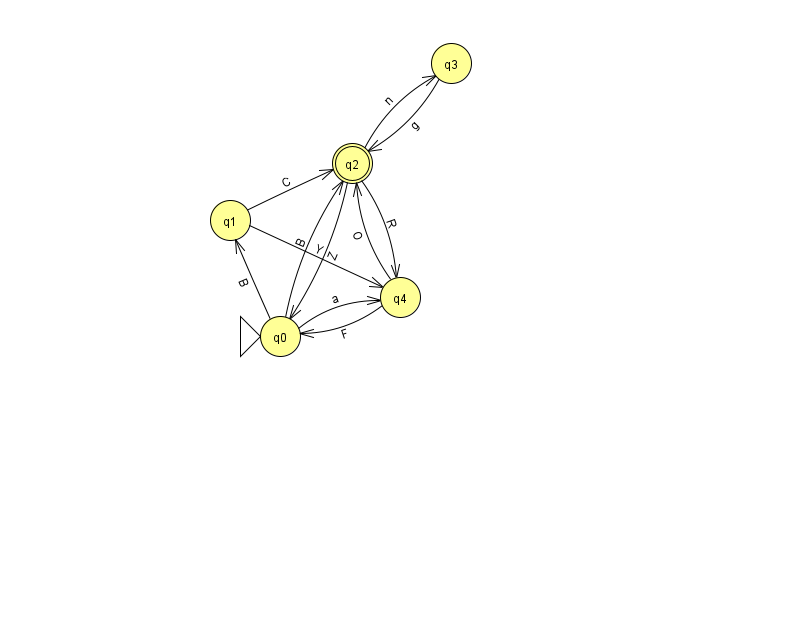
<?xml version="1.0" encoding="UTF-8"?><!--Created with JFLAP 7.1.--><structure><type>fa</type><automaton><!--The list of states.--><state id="0" name="q0"><x>280.0</x><y>323.0</y><initial/></state><state id="1" name="q1"><x>230.0</x><y>207.0</y></state><state id="2" name="q2"><x>352.0</x><y>150.0</y><final/></state><state id="3" name="q3"><x>451.0</x><y>50.0</y></state><state id="4" name="q4"><x>400.0</x><y>284.0</y></state><!--The list of transitions.--><transition><from>2</from><to>0</to><read>Z</read></transition><transition><from>4</from><to>2</to><read>O</read></transition><transition><from>1</from><to>4</to><read>Y</read></transition><transition><from>4</from><to>0</to><read>F</read></transition><transition><from>0</from><to>4</to><read>a</read></transition><transition><from>3</from><to>2</to><read>g</read></transition><transition><from>1</from><to>2</to><read>C</read></transition><transition><from>0</from><to>2</to><read>B</read></transition><transition><from>0</from><to>1</to><read>B</read></transition><transition><from>2</from><to>3</to><read>n</read></transition><transition><from>2</from><to>4</to><read>R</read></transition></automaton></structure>